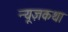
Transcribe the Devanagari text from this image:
न्यूज़कथा